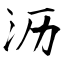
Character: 沥